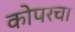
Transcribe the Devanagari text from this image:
कोपरचा